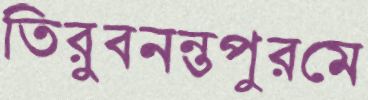
তিরুবনন্তপুরমে